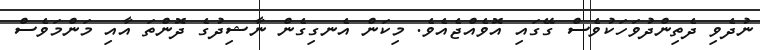
ނުދެވި ދެތިންދުވަހަކުވެސް ގޭގައި އޮވެއްޖެއެވެ. މިކަން އެނގިގެން ނާޝިދުގެ ދޮންތަ އާއި މަންމަވެސް